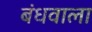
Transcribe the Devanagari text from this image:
बंधवाला